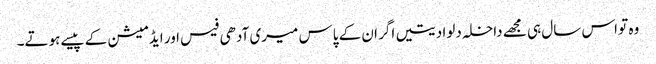
وہ تو اس سال ہی مجھے داخلہ دلوا دیتیں اگر ان کے پاس میری آدھی فیس اور ایڈمیشن کے پیسے ہوتے۔